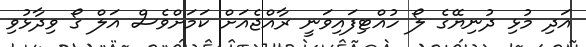
އަދި މުޅި ދުނިޔޭގެ ލޯ ހުއްޓިފައިވަނީ ރާއްޖެއަށް ކަމަށްވެސް އަލް ގޯ ވިދާޅުވި